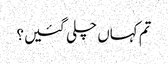
تم کہاں چلی گئیں؟